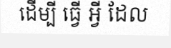
ដើម្បី ធ្វើ អ្វី ដែល